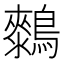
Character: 𱈺